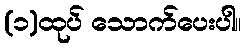
(၁)ထုပ် သောက်ပေးပါ။